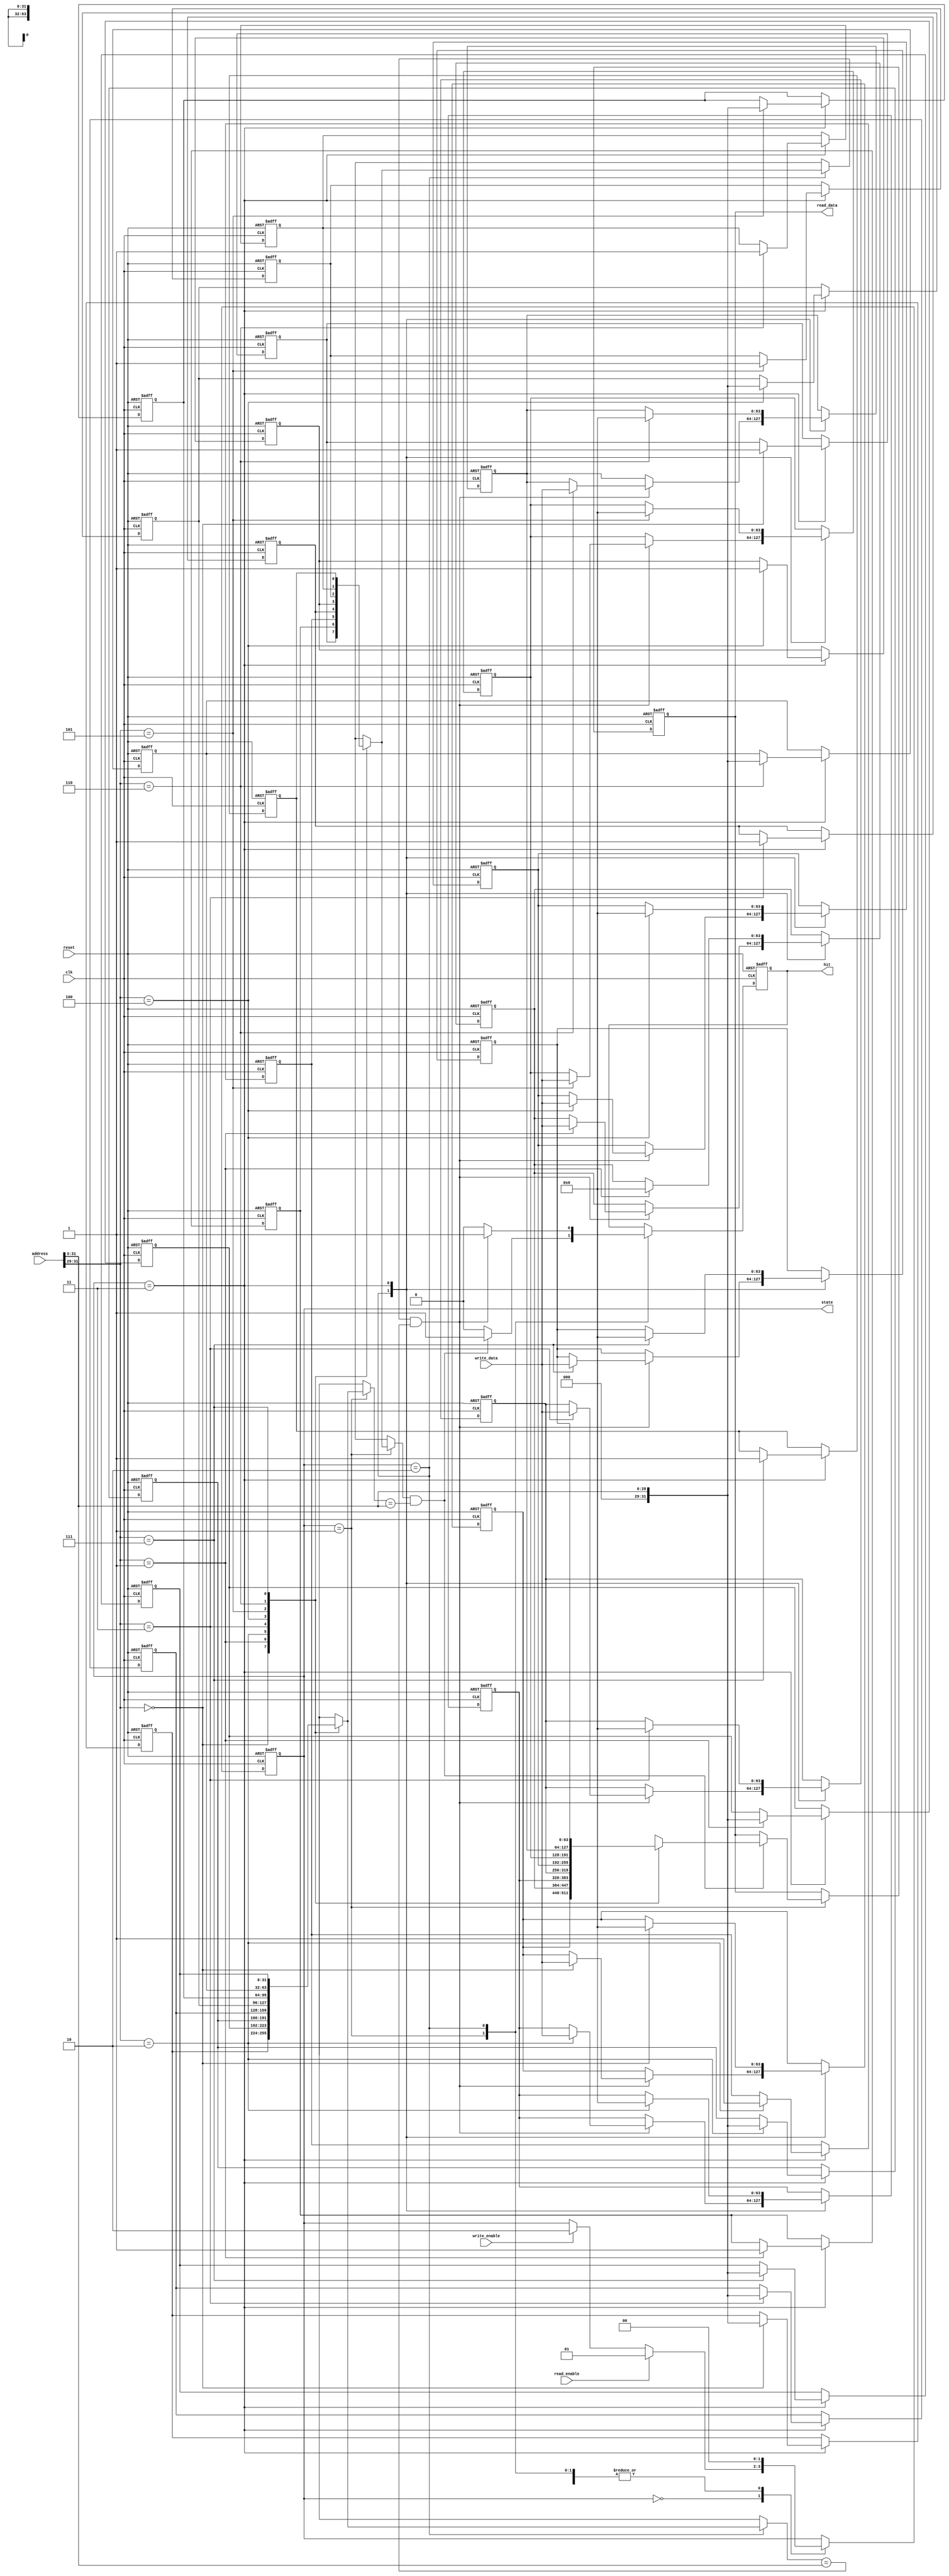
module PrivateCache #(
    parameter CACHE_SIZE = 8, // Number of cache lines (2^N)
    parameter LINE_SIZE = 64,  // Size of each cache line in bytes
    parameter ADDR_WIDTH = 32  // Address width
)(
    input wire clk,
    input wire reset,
    input wire [ADDR_WIDTH-1:0] address,
    input wire [LINE_SIZE-1:0] write_data,
    input wire read_enable,
    input wire write_enable,
    output reg [LINE_SIZE-1:0] read_data,
    output reg hit,
    output reg [1:0] state // 0: idle, 1: read, 2: write, 3: fetch
);

    // Cache line structure
    reg [LINE_SIZE-1:0] cache_data [0:CACHE_SIZE-1];
    reg [ADDR_WIDTH-1:0] cache_tags [0:CACHE_SIZE-1];
    reg valid [0:CACHE_SIZE-1];
    reg [CACHE_SIZE-1:0] lru_counter; // LRU tracking

    // State machine for cache operations
    localparam IDLE = 2'b00;
    localparam READ = 2'b01;
    localparam WRITE = 2'b10;
    localparam FETCH = 2'b11;

    // Address decoding
    wire [ADDR_WIDTH-1:0] index = address[ADDR_WIDTH-1:ADDR_WIDTH-$clog2(CACHE_SIZE)];
    wire [ADDR_WIDTH-1:0] tag = address[ADDR_WIDTH-1:$clog2(CACHE_SIZE)];

    integer i;

    always @(posedge clk or posedge reset) begin
        if (reset) begin
            // Reset cache
            for (i = 0; i < CACHE_SIZE; i = i + 1) begin
                valid[i] <= 0;
                cache_tags[i] <= 0;
                cache_data[i] <= 0;
            end
            lru_counter <= 0;
            state <= IDLE;
            hit <= 0;
            read_data <= 0;
        end else begin
            case (state)
                IDLE: begin
                    if (read_enable) begin
                        state <= READ;
                    end else if (write_enable) begin
                        state <= WRITE;
                    end
                end
                
                READ: begin
                    if (valid[index] && cache_tags[index] == tag) begin
                        // Cache hit
                        hit <= 1;
                        read_data <= cache_data[index];
                    end else begin
                        // Cache miss
                        hit <= 0;
                        state <= FETCH;
                    end
                    state <= IDLE; // Move back to idle after read
                end
                
                WRITE: begin
                    if (valid[index] && cache_tags[index] == tag) begin
                        // Cache hit
                        hit <= 1;
                        cache_data[index] <= write_data; // Write to cache
                        // Optionally write to memory if using write-through
                    end else begin
                        // Cache miss, fetch line first
                        hit <= 0;
                        state <= FETCH;
                    end
                    state <= IDLE; // Move back to idle after write
                end
                
                FETCH: begin
                    // Fetch data from main memory (not implemented here)
                    // Simulate a fetch, for example:
                    cache_tags[index] <= tag; // Set new tag
                    cache_data[index] <= /* fetch from memory */ 0; // Replace with memory fetch
                    valid[index] <= 1; // Mark line as valid
                    state <= IDLE; // Move back to idle after fetch
                end
                
                default: state <= IDLE;
            endcase
        end
    end

endmodule